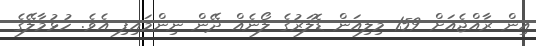
އިން ރާއްޖެއަށް 159 މިލިއަން ޑޮލަރުގެ ލޯނެއް ދޭން ނިންމައިފި އެވެ. ހުޅުމާލޭގެ